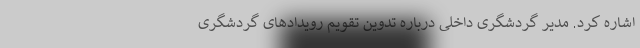
اشاره کرد. مدیر گردشگری داخلی درباره تدوین تقویم رویدادهای گردشگری